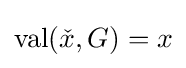
\operatorname {val} ({\check {x}},G)=x